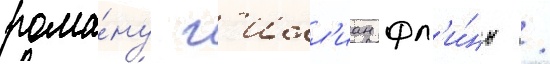
рома́ну г'илл'иан фл'и́нн /